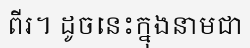
ពីរ។ ដូចនេះក្នុងនាមជា